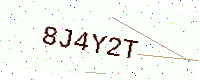
Text: 8J4Y2T